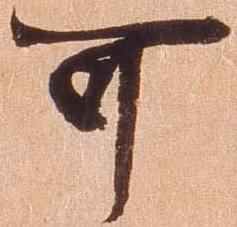
可